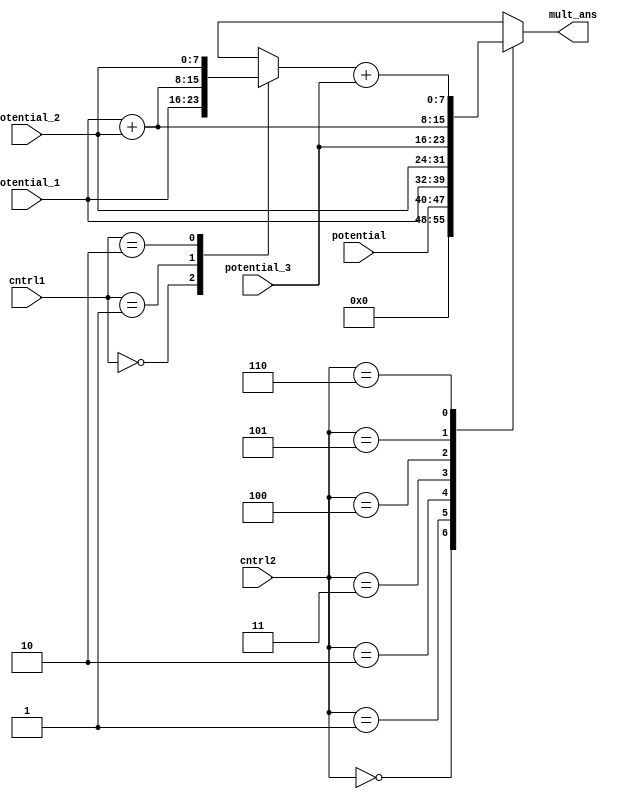
`default_nettype none
`timescale 1ns/1ns

module shift_add_mult (
    input wire [3:0] cntrl1,
    input wire [3:0] cntrl2,
    input wire [7:0] potential,
    input wire [7:0] potential_1,
    input wire [7:0] potential_2,
    input wire [7:0] potential_3,
    output reg [7:0] mult_ans
    );

    reg [7:0] mux_cntrl1_out;
    wire [7:0] p2_p1;
    wire [7:0] p3_mux;
    assign p2_p1 = potential_1 + potential_2;
    always @(*) begin
        case (cntrl1)
            4'd0:     mux_cntrl1_out <= potential_1;   
            4'd1:       mux_cntrl1_out <= p2_p1;
            4'd2:       mux_cntrl1_out <= potential_2;
            default: mux_cntrl1_out <= 8'bx;
        endcase
    end
    assign p3_mux = mux_cntrl1_out + potential_3;
    always @(*) begin
        case (cntrl2)
            4'd0:     mult_ans <= 0;
            4'd1:     mult_ans <= potential;   
            4'd2:     mult_ans <= potential_1;   
            4'd3:     mult_ans <= potential_2;   
            4'd4:     mult_ans <= potential_3;   
            4'd5:     mult_ans <= p2_p1;   
            4'd6:     mult_ans <= p3_mux;   
            default: mult_ans <= 8'bx;
        endcase
    end

    `ifdef COCOTB_SIM
    initial begin
    $dumpfile ("shift_add_mult.vcd");
    $dumpvars (0, shift_add_mult);
    #1;
    end
    `endif

endmodule